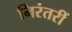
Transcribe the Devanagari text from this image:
निरंतरीं